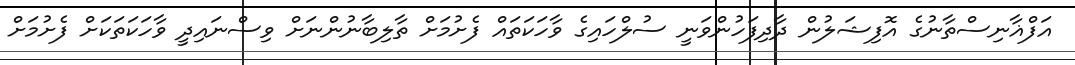
އަފްޣާނިސްތާނުގެ އޮފިޝަލުން ދާދިފަހުންވަނީ ސުލްހައިގެ ވާހަކަތައް ފެށުމަށް ތާލިބާނުންނަށް ވިސްނައިދީ ވާހަކަތަކަށް ފެށުމަށް